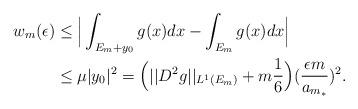
LaTeX: \begin{align*}w_m(\epsilon)& \le \Big|\int_{E_m+y_0} g(x)dx-\int_{E_m} g(x)dx\Big|\\& \le \mu |y_0|^2=\Big(||D^2 g||_{L^1(E_m)} +m\frac{1}{6} \Big)(\frac{\epsilon m}{a_{m_*}})^2.\end{align*}